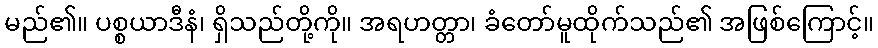
မည်၏။ ပစ္စယာဒီနံ၊ ရှိသည်တို့ကို။ အရဟတ္တာ၊ ခံတော်မူထိုက်သည်၏ အဖြစ်ကြောင့်။